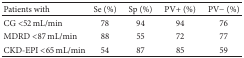
| Patients with | Se (%) | Sp (%) | PV+ (%) | PV− (%) |
 | --- | --- | --- | --- | --- |
 | CG <52 mL/min | 78 | 94 | 94 | 76 |
 | MDRD <87 mL/min | 88 | 55 | 72 | 77 |
 | CKD-EPI <65 mL/min | 54 | 87 | 85 | 59 |